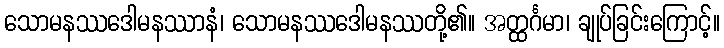
သောမနဿဒေါမနဿာနံ၊ သောမနဿဒေါမနဿတို့၏။ အတ္ထင်္ဂမာ၊ ချုပ်ခြင်းကြောင့်။